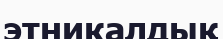
этникалдық